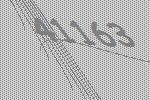
41163